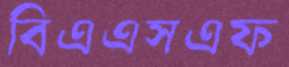
বিএএসএফ